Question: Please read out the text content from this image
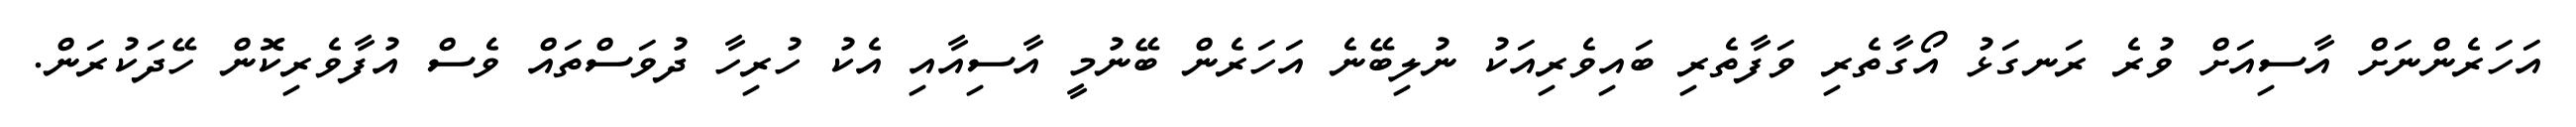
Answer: އަހަރެންނަށް އާސިއަށް ވުރެ ރަނގަޅު އޯގާތެރި ވަފާތެރި ބައިވެރިއަކު ނުލިބޭނެ އަހަރެން ބޭނުމީ އާސިއާއި އެކު ހުރިހާ ދުވަސްތައް ވެސް އުފާވެރިކޮން ހޭދަކުރަން.